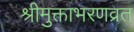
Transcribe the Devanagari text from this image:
श्रीमुक्ताभरणव्रत